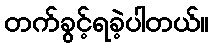
တက်ခွင့်ရခဲ့ပါတယ်။